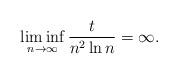
LaTeX: \begin{align*}\liminf \limits_{n\to \infty}\frac{t}{n^2 \ln n}=\infty.\end{align*}